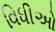
વિધીઓ